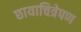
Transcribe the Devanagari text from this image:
छायाचित्रेपण